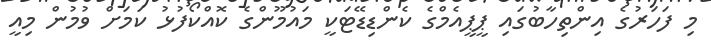
މި ފަހަރުގެ އިންތިހާބުގައި ޕީޕީއެމްގެ ކެންޑިޑޭޓަކީ މައުމޫންގެ ކޮއްކޯފުޅު ކަމަށް ވުމުން މިއީ